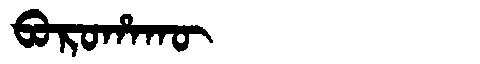
Manchu: ᠪᠣᡵᠣᡥᠠᡴᡡ
Romanization: BOROHAKŪ